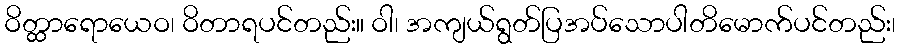
ဝိတ္ထာရောယေဝ၊ ဝိတာရပင်တည်း။ ဝါ၊ အကျယ်ရွတ်ပြအပ်သောပါတိမောက်ပင်တည်း၊